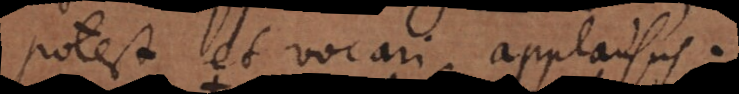
potest et vocari applausus.